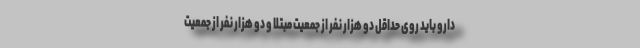
دارو باید روی حداقل دو هزار نفر از جمعیت مبتلا و دو هزار نفر از جمعیت